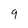
Character: 9